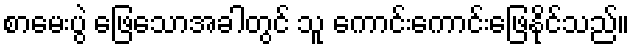
စာမေးပွဲ ဖြေသောအခါတွင် သူ ကောင်းကောင်းဖြေနိုင်သည်။